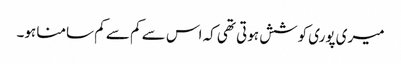
میری پوری کوشش ہوتی تھی کہ اس سے کم سے کم سامنا ہو۔